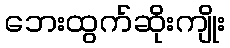
ဘေးထွက်ဆိုးကျိုး